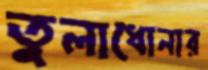
তুলাধোনার